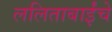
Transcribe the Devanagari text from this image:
ललिताबाईंचे